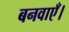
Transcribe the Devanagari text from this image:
बनवाएँ।